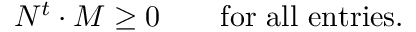
N ^ { t } \cdot M \ge 0 \qquad \mathrm { f o r ~ a l l ~ e n t r i e s . }